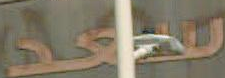
تعد